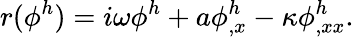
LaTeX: r(\phi^{h})=i\omega\phi^{h}+a\phi_{,x}^{h}-\kappa\phi_{,xx}^{h}.